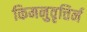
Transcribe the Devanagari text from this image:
किमनुवृत्तिर्न